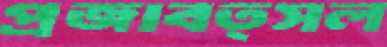
প্রজাবত্সল